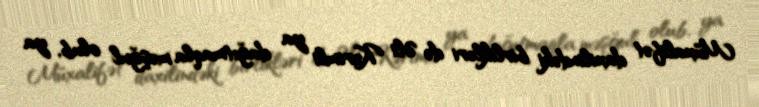
Müxalifət daxilindəki birlikləri də Əli Kərimli ya dağıtmaqla məşğul olub, ya